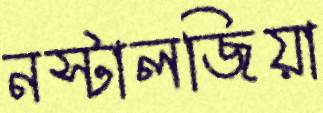
নস্টালজিয়া